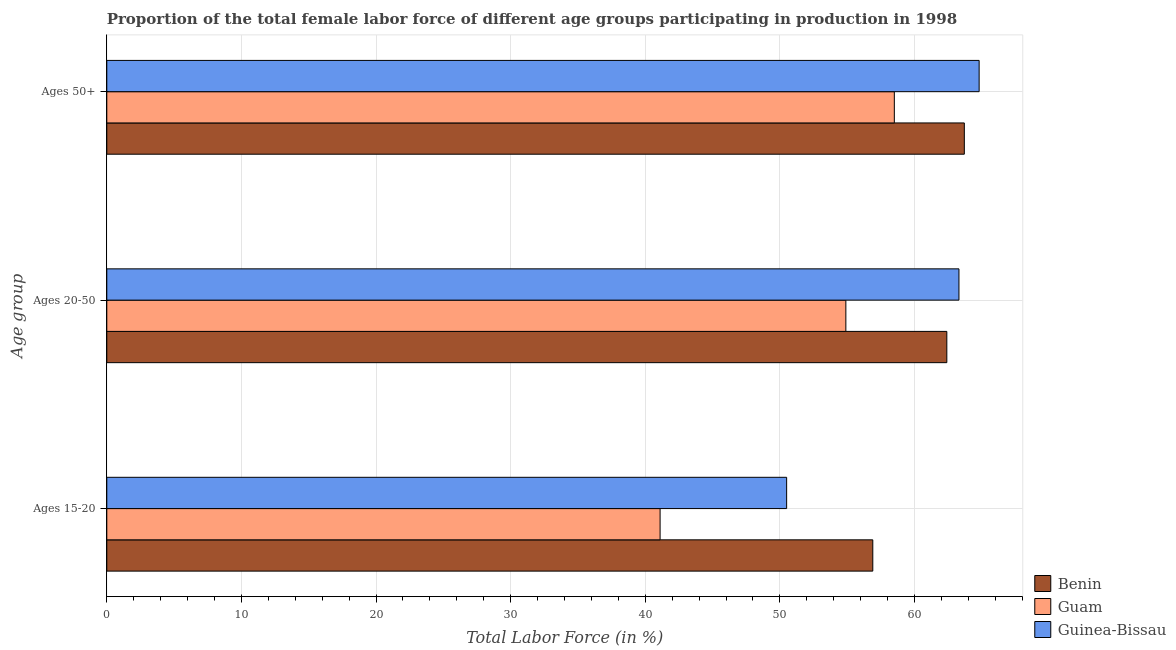
| Age group | Benin | Guam | Guinea-Bissau |
 | --- | --- | --- | --- |
 | Ages 15-20 | 56.9 | 41.1 | 50.5 |
 | Ages 20-50 | 62.4 | 54.9 | 63.3 |
 | Ages 50+ | 63.7 | 58.5 | 64.8 |